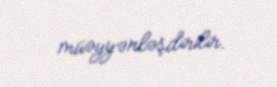
müəyyənləşdirilir.